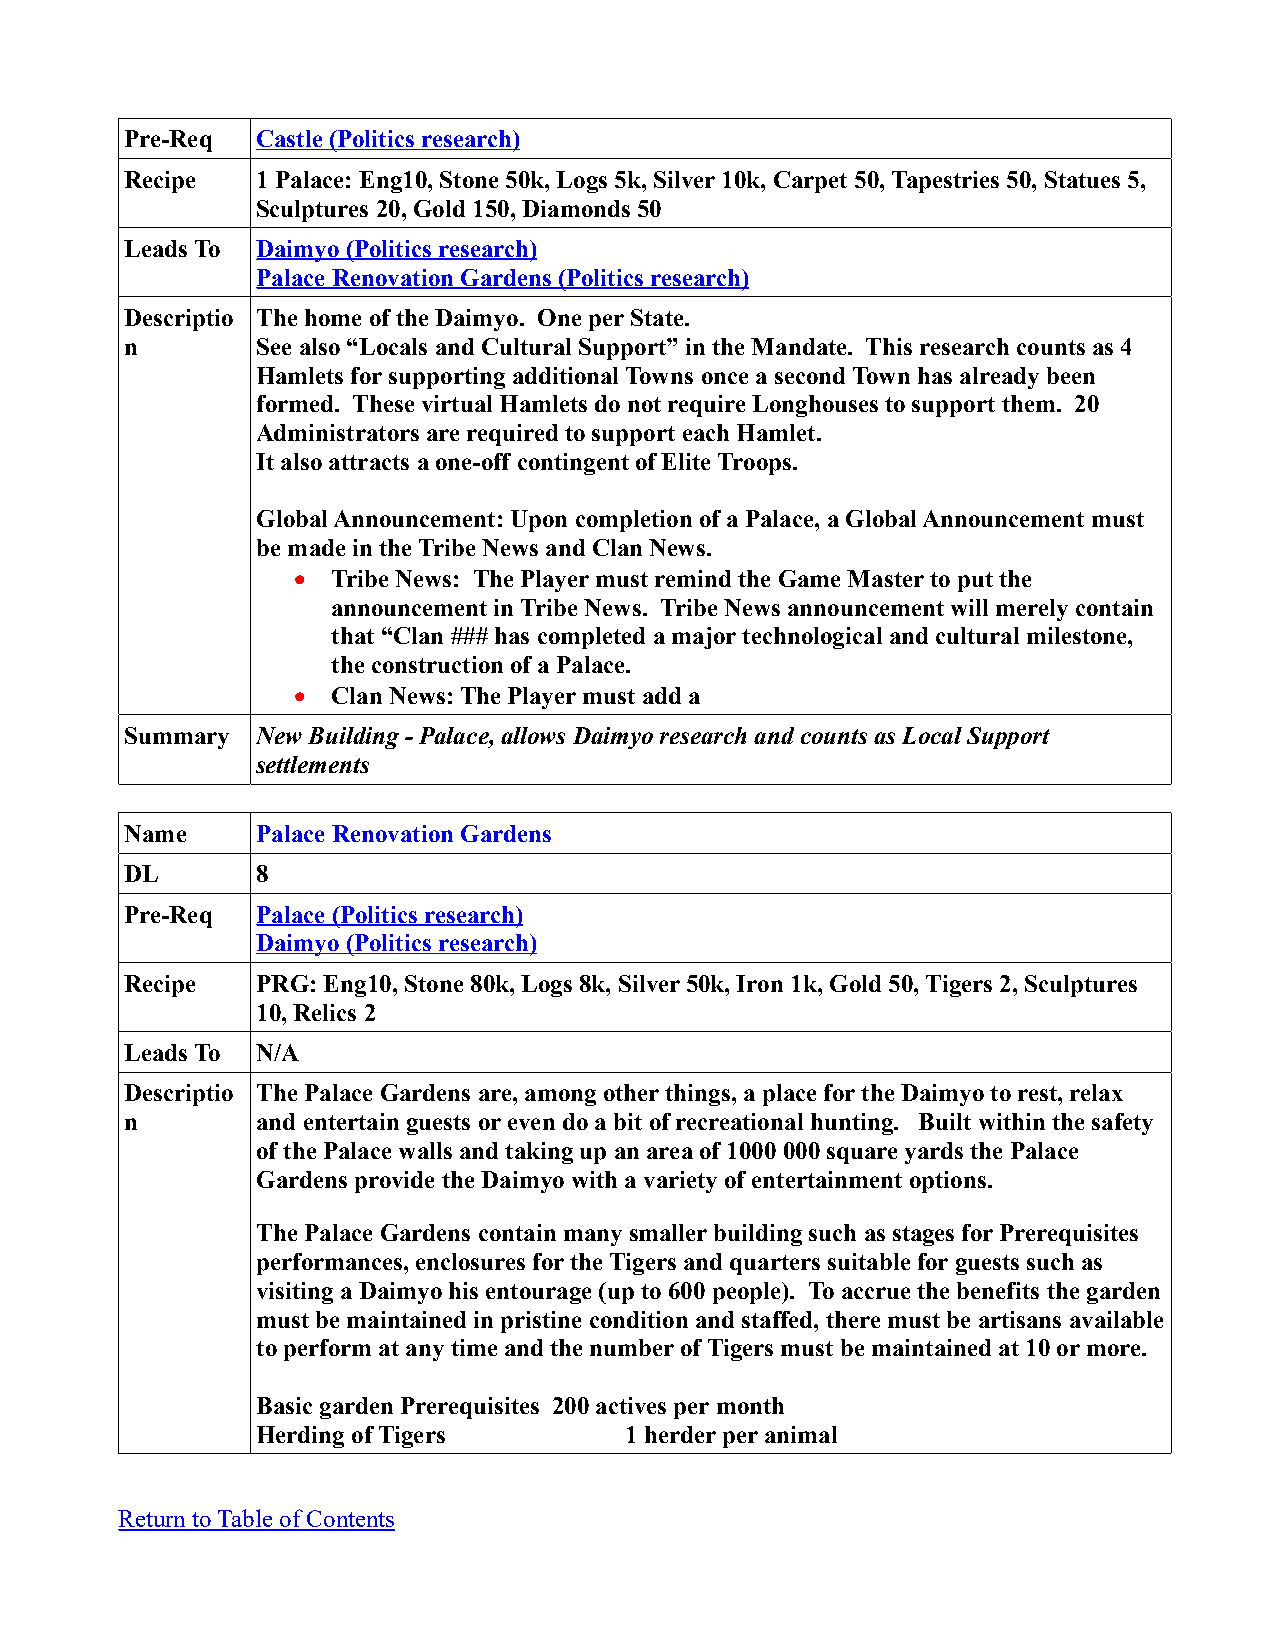
Pre-Req  Castle (Politics research)
 Recipe   1 Palace: Eng10, Stone 50k, Logs 5k, Silver 10k, Carpet 50, Tapestries 50, Statues 5,
 Sculptures 20, Gold 150, Diamonds 50
 Leads To Daimyo (Politics research)
 Palace Renovation Gardens (Politics research)
 Descriptio The home of the Daimyo. One per State.
 n        See also “Locals and Cultural Support” in the Mandate. This research counts as 4
 Hamlets for supporting additional Towns once a second Town has already been
 formed. These virtual Hamlets do not require Longhouses to support them. 20
 Administrators are required to support each Hamlet.
 It also attracts a one-off contingent of Elite Troops.
 Global Announcement: Upon completion of a Palace, a Global Announcement must
 be made in the Tribe News and Clan News.
   Tribe News: The Player must remind the Game Master to put the
 announcement in Tribe News. Tribe News announcement will merely contain
 that “Clan ### has completed a major technological and cultural milestone,
 the construction of a Palace.
   Clan News: The Player must add a
 Summary  New Building - Palace, allows Daimyo research and counts as Local Support
 settlements
 Name     Palace Renovation Gardens
 DL       8
 Pre-Req  Palace (Politics research)
 Daimyo (Politics research)
 Recipe   PRG: Eng10, Stone 80k, Logs 8k, Silver 50k, Iron 1k, Gold 50, Tigers 2, Sculptures
 10, Relics 2
 Leads To N/A
 Descriptio The Palace Gardens are, among other things, a place for the Daimyo to rest, relax
 n        and entertain guests or even do a bit of recreational hunting. Built within the safety
 of the Palace walls and taking up an area of 1000 000 square yards the Palace
 Gardens provide the Daimyo with a variety of entertainment options.
 The Palace Gardens contain many smaller building such as stages for Prerequisites
 performances, enclosures for the Tigers and quarters suitable for guests such as
 visiting a Daimyo his entourage (up to 600 people). To accrue the benefits the garden
 must be maintained in pristine condition and staffed, there must be artisans available
 to perform at any time and the number of Tigers must be maintained at 10 or more.
 Basic garden Prerequisites 200 actives per month
 Herding of Tigers       1 herder per animal
 Return to Table of Contents